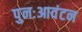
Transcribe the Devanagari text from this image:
पुनःआवंटन